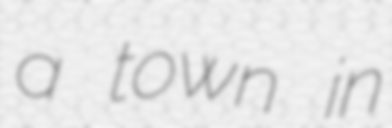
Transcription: a town in